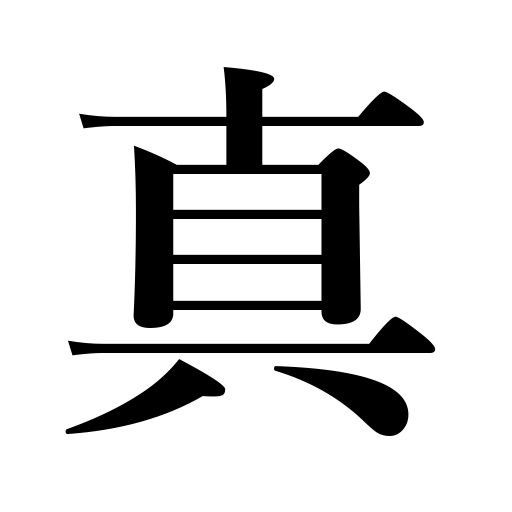
Meanings: genuine,true,Buddhist sect originating in the thirteenth century,truth,genuineness,right,pure,due east,just,reality